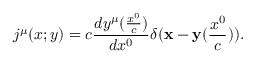
j ^ { \mu } ( x ; y ) = c \frac { d y ^ { \mu } ( \frac { x ^ { 0 } } { c } ) } { d x ^ { 0 } } \delta ( { \bf x } - { \bf y } ( \frac { x ^ { 0 } } { c } ) ) .